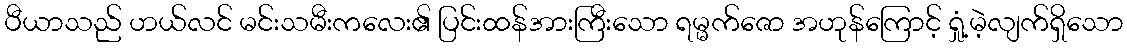
ပီယာသည် ဟယ်လင် မင်းသမီးကလေး၏ ပြင်းထန်အားကြီးသော ရမ္မက်ဇော အဟုန်ကြောင့် ရှုံ့မဲ့လျက်ရှိသော